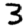
Digit: 3